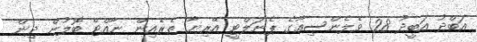
އަބްދު އަބީދު 28 ވެލެންސިއާގެ ޕެނަލްޓީ އޭރިޔާ ތެރެއިން ނާއްޓޭ ބޮލުން ދިން